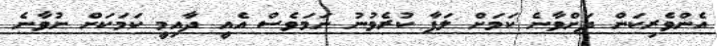
އެންވެރިކަން ދަށްވާނެ ކަމަށް ލަފާ ކުރެވުނު ނަމަވެސް އެއީ ދާއިމީ ކަމަކަށް ނުވާނެ